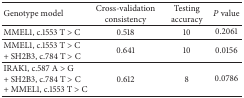
| Genotype model | Cross-validation consistency | Testing accuracy | P value |
 | --- | --- | --- | --- |
 | MMEL1, c.1553 T > C | 0.518 | 10 | 0.2061 |
 | MMEL1, c.1553 T > C+ SH2B3, c.784 T > C | 0.641 | 10 | 0.0156 |
 | IRAK1, c.587 A > G+ SH2B3, c.784 T > C+ MMEL1, c.1553 T > C | 0.612 | 8 | 0.0786 |